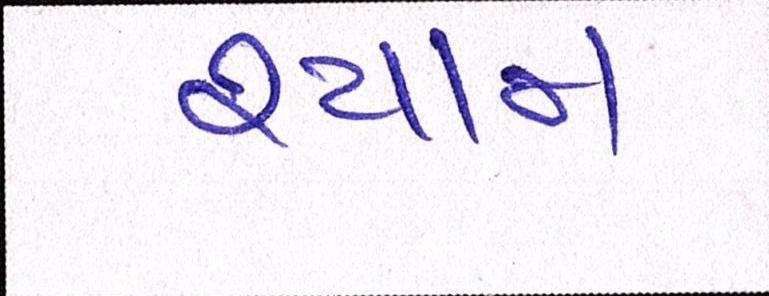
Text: શ્યામ